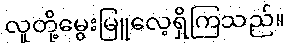
လူတို့မွေးမြူလေ့ရှိကြသည်။